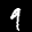
Label: 9